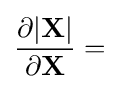
{\frac {\partial |\mathbf {X} |}{\partial \mathbf {X} }}=